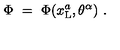
\Phi \ = \ \Phi ( x _ { \mathrm { L } } ^ { a } , \theta ^ { \alpha } ) \ .